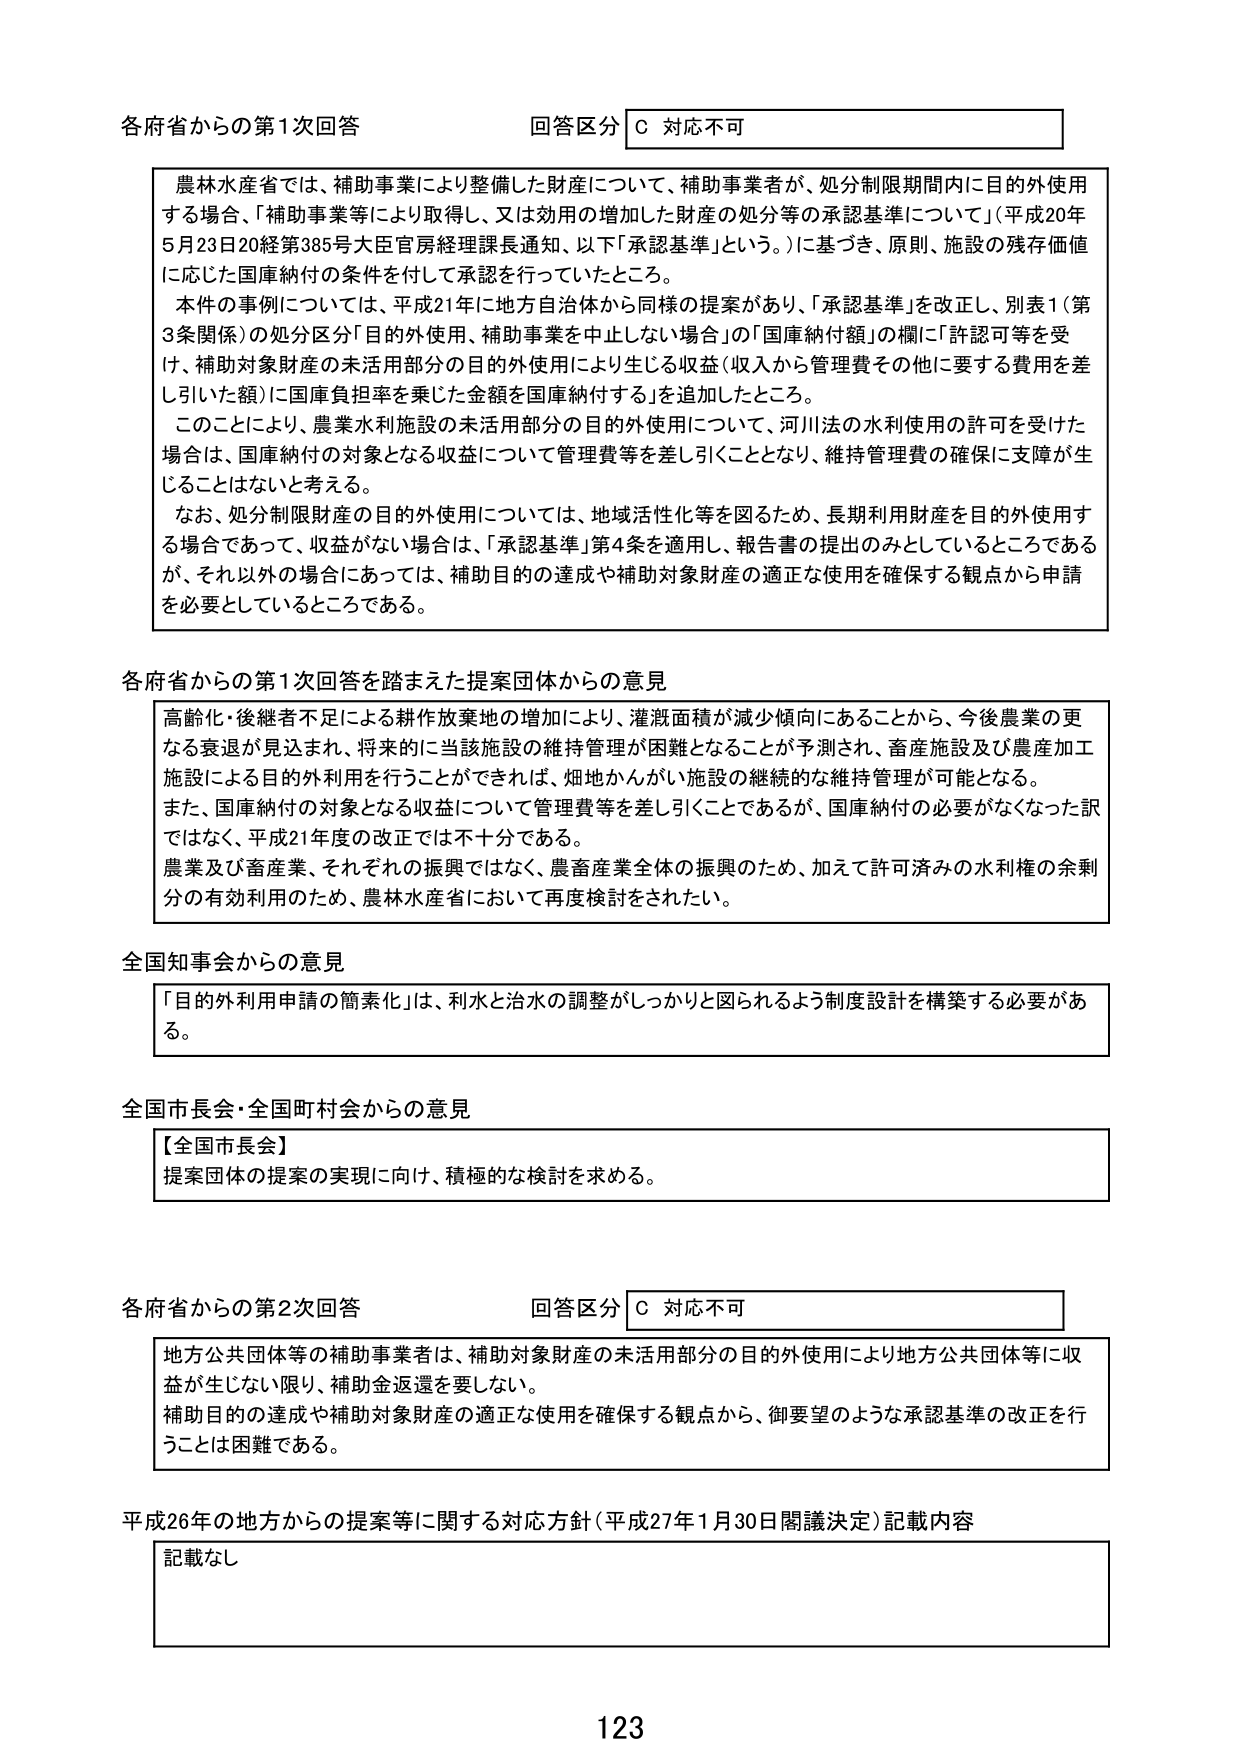
各府省からの第1次回答 回答区分 C 対応不可

農林水産省では、補助事業により整備した財産について、補助事業者が、処分制限期間内に目的外使用する場合、「補助事業等により取得し、又は効用の増加した財産の処分等の承認基準について」（平成20年5月23日20経第385号大臣官房経理課長通知、以下「承認基準」という。）に基づき、原則、施設の残存価値に応じた国庫納付の条件を付して承認を行っていたところ。

本件の事例については、平成21年に地方自治体から同様の提案があり、「承認基準」を改正し、別表1（第3条関係）の処分区分「目的外使用、補助事業を中止しない場合」の「国庫納付額」の欄に「許認可等を受け、補助対象財産の未活用部分の目的外使用により生じる収益（収入から管理費その他に要する費用を差し引いた額）に国庫負担率を乗じた金額を国庫納付する」を追加したところ。

このことにより、農業水利施設の未活用部分の目的外使用について、河川法の水利使用の許可を受けた場合は、国庫納付の対象となる収益について管理費等を差し引くこととなり、維持管理費の確保に支障が生じることはないと考える。

なお、処分制限財産の目的外使用については、地域活性化等を図るため、長期利用財産を目的外使用する場合であって、収益がない場合は、「承認基準」第4条を適用し、報告書の提出のみとしているところであるが、それ以外の場合にあっては、補助目的の達成や補助対象財産の適正な使用を確保する観点から申請を必要としているところである。

各府省からの第1次回答を踏まえた提案団体からの意見

高齢化・後継者不足による耕作放棄地の増加により、灌漑面積が減少傾向にあることから、今後農業の更なる衰退が見込まれ、将来的に当該施設の維持管理が困難となることが予測され、畜産施設及び農産加工施設による目的外利用を行うことができれば、畑地かんがい施設の継続的な維持管理が可能となる。

また、国庫納付の対象となる収益について管理費等を差し引くことであるが、国庫納付の必要がなくなった訳ではなく、平成21年度の改正では不十分である。

農業及び畜産業、それぞれの振興ではなく、農畜産業全体の振興のため、加えて許可済みの水利権の余剰分の有効利用のため、農林水産省において再度検討をされたい。

全国知事会からの意見

「目的外利用申請の簡素化」は、利水と治水の調整がしっかりと図られるよう制度設計を構築する必要がある。

全国市長会・全国町村会からの意見

【全国市長会】
提案団体の提案の実現に向け、積極的な検討を求める。

各府省からの第2次回答 回答区分 C 対応不可

地方公共団体等の補助事業者は、補助対象財産の未活用部分の目的外使用により地方公共団体等に収益が生じない限り、補助金返還を要しない。

補助目的の達成や補助対象財産の適正な使用を確保する観点から、御要望のような承認基準の改正を行うことは困難である。

平成26年の地方からの提案等に関する対応方針（平成27年1月30日閣議決定）記載内容

記載なし

123